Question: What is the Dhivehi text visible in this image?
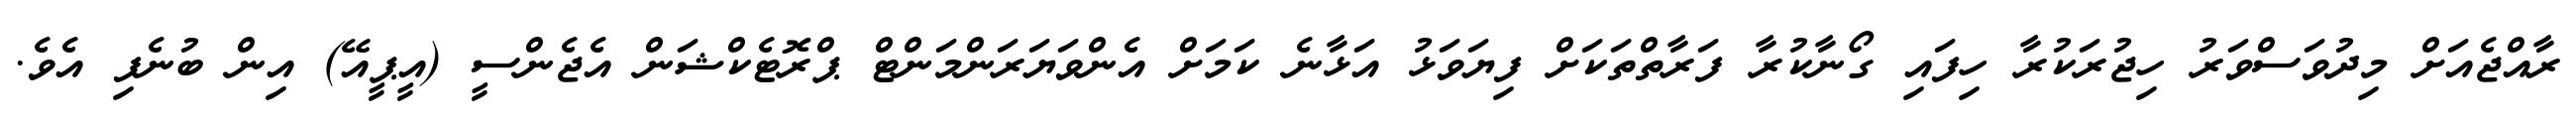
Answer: ރާއްޖެއަށް މިދުވަސްވަރު ހިޖުރަކުރާ ހިފައި ގޯނާކުރާ ފަރާތްތަކަށް ފިޔަވަޅު އަޅާނެ ކަމަށް އެންވަޔަރަންމަންޓް ޕްރޮޓެކްޝަން އެޖެންސީ (އީޕީއޭ) އިން ބުނެފި އެވެ.